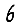
Digit: 6